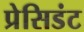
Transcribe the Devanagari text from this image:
प्रेसिडंट